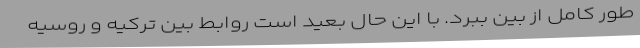
طور کامل از بین ببرد. با این حال بعید است روابط بین ترکیه و روسیه